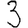
Digit: 3